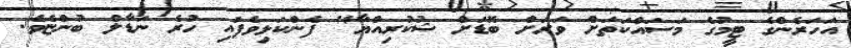
އަހަރެންގެ ޓީމުގެ މަސައްކަތަށް ވަރަށް ބޮޑަށް ޝުކުރިއްޔާ" ފެންކަޅިވެފައި ހުރެ ނަޑާލް ބުންޏެވެ.